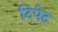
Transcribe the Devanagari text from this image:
टिपेट